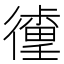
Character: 𰐹